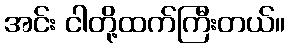
အင်း ငါတို့ထက်ကြီးတယ်။